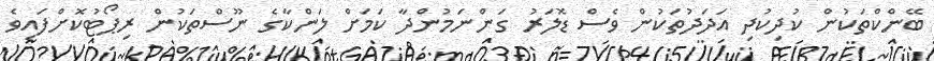
ބޭންކްތަކުން ކުދިކުދި އަދަދުތަކުން ވެސް ޑޮލަރު ގަންނަމުންދާ ކަމަށް ލަންކާގެ ނޫސްތަކުން ރިޕޯޓުކޮށްފައިވެ